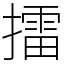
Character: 擂